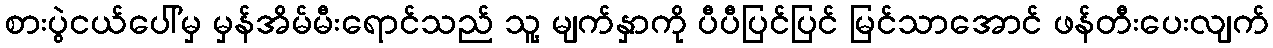
စားပွဲငယ်ပေါ်မှ မှန်အိမ်မီးရောင်သည် သူ့ မျက်နှာကို ပီပီပြင်ပြင် မြင်သာအောင် ဖန်တီးပေးလျက်